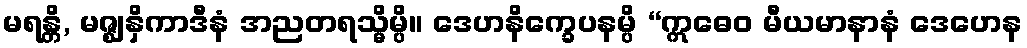
မရန္တိ, မဇ္ဈနှိကာဒီနံ အညတရသ္မိမ္ပိ။ ဒေဟနိက္ခေပနမ္ပိ “ဣဓေဝ မီယမာနာနံ ဒေဟေန